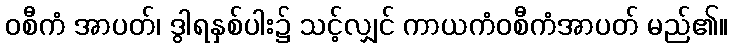
ဝစီကံ အာပတ်၊ ဒွါရနှစ်ပါး၌ သင့်လျှင် ကာယကံဝစီကံအာပတ် မည်၏။